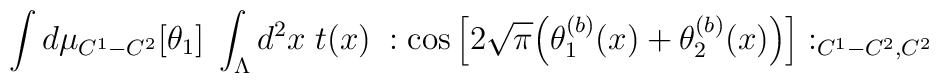
\int d\mu_{C^1-C^2}[\theta_1] \;\int_{\Lambda} d^2 x \; t(x) \;: \cos\Big[ 2 \sqrt{\pi} \Big( \theta_1^{(b)}(x) +\theta_2^{(b)}(x) \Big) \Big] :_{C^1-C^2,C^2}